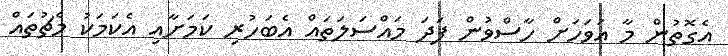
އެގޮތުން މާ އަވަހަށް ހާސްވުން ފަދަ މައްސަލަތައް އެބަހުރި ކަމަށާއި އެކަމަކު މެޗުތައް